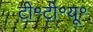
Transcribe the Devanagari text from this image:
टी॰टी॰यू॰